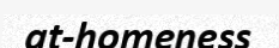
at-homeness